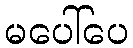
မပေါ်ပေ